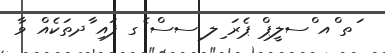
ަތ ްއ ްސލީޕް ޕެރަ ިލ ިސސް ެގ ފައި ާދތަކެއް ވާ